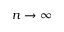
n \rightarrow \infty